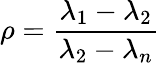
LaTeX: \rho={\frac{\lambda_{1}-\lambda_{2}}{\lambda_{2}-\lambda_{n}}}